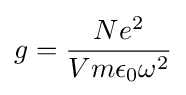
g={{Ne^{2}} \over {Vm\epsilon _{0}\omega ^{2}}}